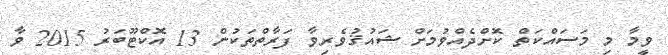
ވީމާ މި މަސައްކަތް ކޮށްދެއްވުމަށް ޝައުޤުވެރިވާ ފަރާތްތަކުން 13 އޮކްޓޫބަރު 2015 ވާ